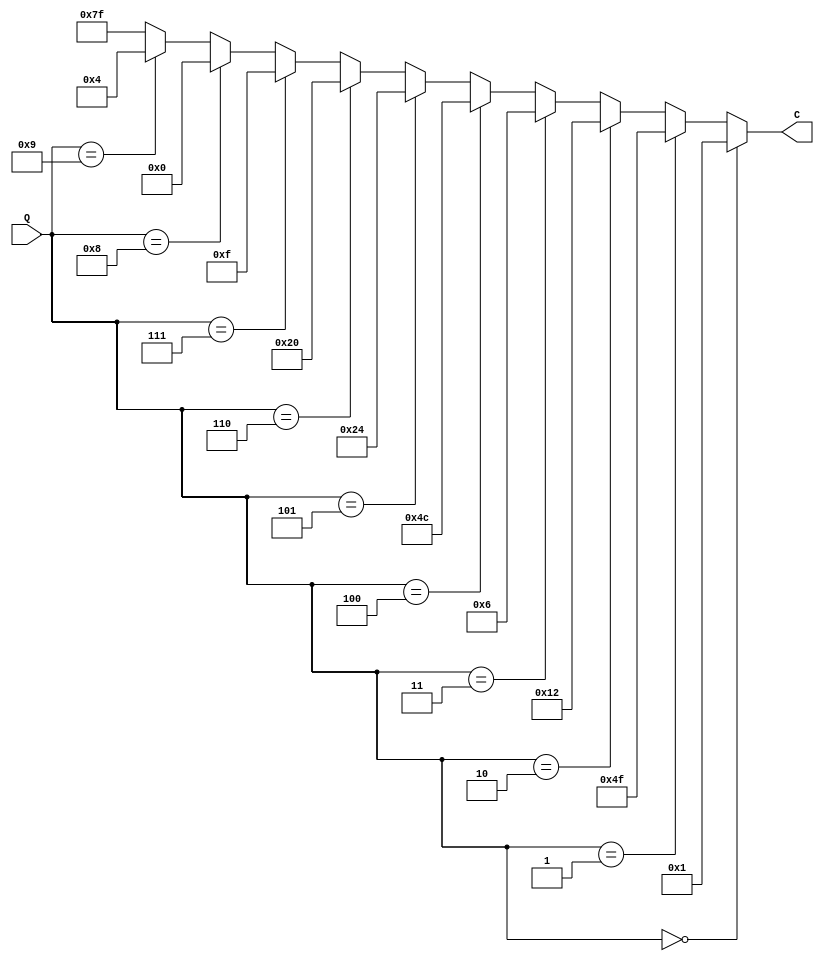
module SSD_ones(
    output [6:0] C,//C[6] correspounds to CA, ...C[0]correspounds to CG
    input [3:0] Q
    );
    reg [6:0]C;
    always @(Q)
    begin
        if (Q==4'b0) C=7'b0000001;
        else if (Q==4'b0001) C=7'b1001111;
        else if (Q==4'b0010) C=7'b0010010;
        else if (Q==4'b0011) C=7'b0000110;
        else if (Q==4'b0100) C=7'b1001100;
        else if (Q==4'b0101) C=7'b0100100;
        else if (Q==4'b0110) C=7'b0100000;
        else if (Q==4'b0111) C=7'b0001111;
        else if (Q==4'b1000) C=7'b0000000;
        else if (Q==4'b1001) C=7'b0000100;
        else C=7'b1111111;
    end
endmodule